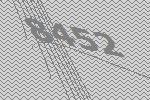
8452